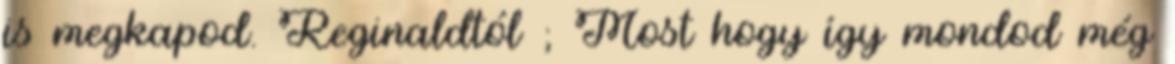
is megkapod. Reginaldtól ; Most hogy így mondod még